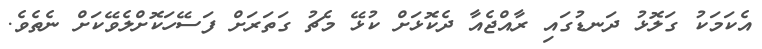
އެކަމަކު ގަލޮޅު ދަނޑުގައި ރާއްޖެއާ ދެކޮޅަށް ކުޅޭ މެޗު ގަތަރަށް ފަސޭހަކޮށްލެވޭކަށް ނެތެވެ.